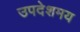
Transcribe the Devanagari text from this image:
उपदेशमय